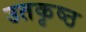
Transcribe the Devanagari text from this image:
उतकृष्ठ